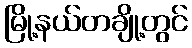
မြို့နယ်တချို့တွင်